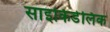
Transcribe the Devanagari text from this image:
साइकिडेलिक